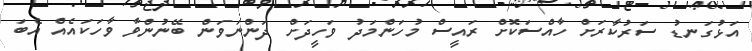
އަޅުގަނޑު ސަރުކާރަށް ހާއްސަކޮށް ރައީސް މުހަންމަދު ވަހީދަށް ދަންނަވަން ބޭނުންވާ ވާހަކައެއް އެބަ